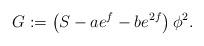
LaTeX: \begin{align*}G:=\left( S-ae^{f}-be^{2f}\right) \phi ^{2}. \end{align*}